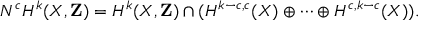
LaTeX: N ^ { c } H ^ { k } ( X , \mathbf { Z } ) = H ^ { k } ( X , \mathbf { Z } ) \cap ( H ^ { k - c , c } ( X ) \oplus \cdots \oplus H ^ { c , k - c } ( X ) ) .